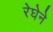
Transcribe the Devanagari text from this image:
रेघेने